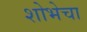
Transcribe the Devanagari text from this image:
शोभेचा